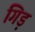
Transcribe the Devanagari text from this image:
गिड़